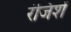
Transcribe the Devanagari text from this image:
रंजिशें